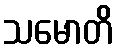
သမောတိ